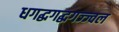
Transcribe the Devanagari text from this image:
धगद्धगद्धगज्ज्वल